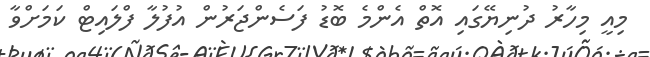
މިއީ މިހާރު ދުނިޔޭގައި އޮތް އެންމެ ބޮޑު ފަސެންޖަރުން އުފުލާ ފްލައިޓް ކަމަށްވާ